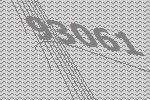
93061